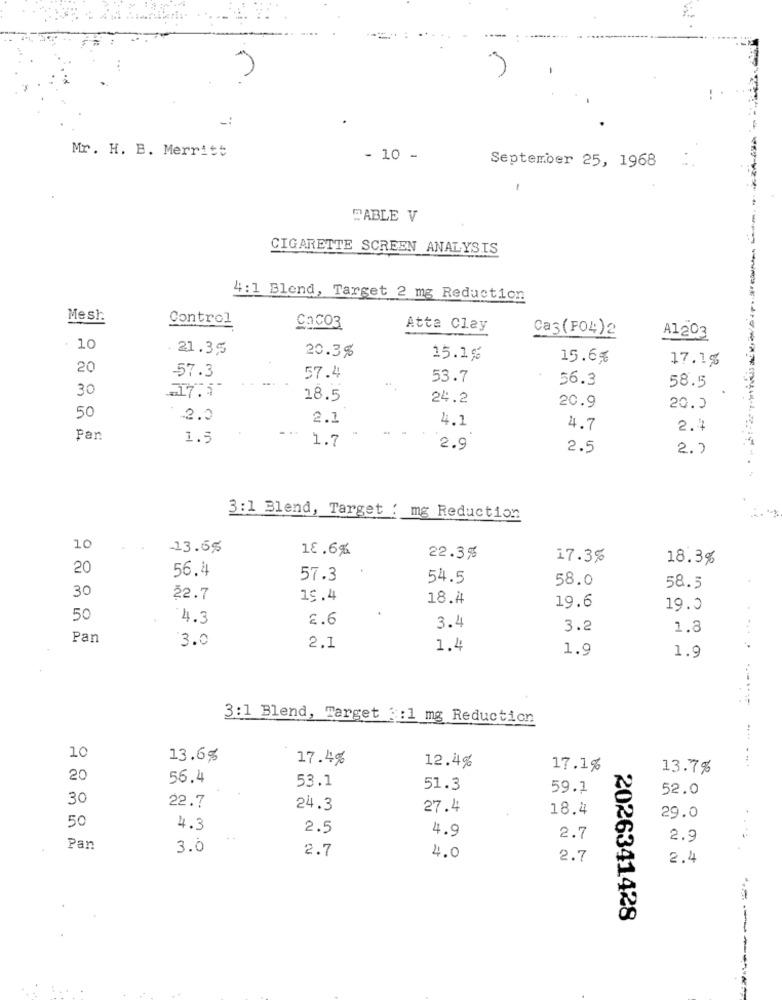
Mr. H. B. Merritt
- 10 -
September 25, 1968
-
FABLE V
CIGARETTE SCREEN ANALYSIS
4:1 Blend, Target 2 mg Reduction
Mesh
Control
Caco3
Atta Clay
Ca3(F04)2
A1203
- 10
- 21.35
20.3%
15.1%
15.6%
17.1%
20
-57.3
57.4
53.7
56.3
30
58.5
18.5
24.2
50
20.9
20.0
2.0
2.1
4.1
4.7
2.4
Pan
1.5
1.7
2.9
2.5
2. )
3:1 Blend, Target : mg Reduction
10
-13.65
18.6%
22.3%
17.35
18.3%
20
56.4
57.3
54.5
58.0
30
58.5
22.7
15.4
18.4
19.6
19.0
50
4.3
2.6
3.4
3.2
1.8
Pan
3.0
2.1
1.4
1.9
1.9
3:1 Blend, Target 3:1 mg Reduction
10
13.6%
17.4%
12.4%
17.1%
13.7%
20
56.4
53.1
51.3
59.1
52.0
30
22.7
24.3
27.4
18.4
50
29.0
4.3
2.5
4.9
2.7
2.9
....
Pan
3.0
2.7
4.0
2.7
2.4
2026341428